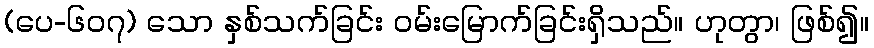
(ပေ-၆၀၇) သော နှစ်သက်ခြင်း ဝမ်းမြောက်ခြင်းရှိသည်။ ဟုတွာ၊ ဖြစ်၍။